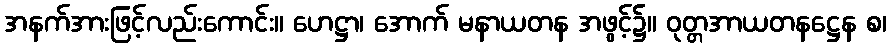
အနက်အားဖြင့်လည်းကောင်း။ ဟေဋ္ဌာ၊ အောက် မနာယတန အဖွင့်၌။ ဝုတ္တအာယတနဋ္ဌေန စ၊